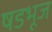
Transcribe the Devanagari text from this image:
षडभूज